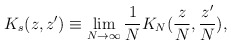
\begin{align*}K_s(z,z')\equiv\lim_{N\rightarrow\infty}\frac1N K_N(\frac{z}{N},\frac{z'}{N}),\end{align*}